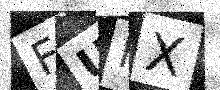
Text: FUKX